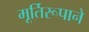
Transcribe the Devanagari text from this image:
मूर्तिरूपाने